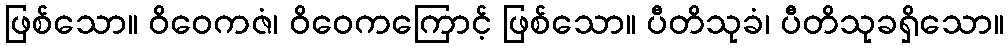
ဖြစ်သော။ ဝိဝေကဇံ၊ ဝိဝေကကြောင့် ဖြစ်သော။ ပီတိသုခံ၊ ပီတိသုခရှိသော။